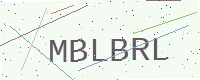
Text: MBLBRL